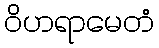
ဝိဟရာမေတံ